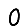
Digit: 0